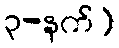
၃-နက်)